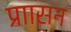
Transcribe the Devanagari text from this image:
प्राासन